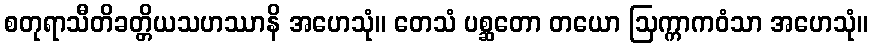
စတုရာသီတိခတ္တိယသဟဿာနိ အဟေသုံ။ တေသံ ပစ္ဆတော တယော ဩက္ကာကဝံသာ အဟေသုံ။